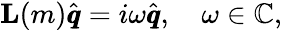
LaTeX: \mathbf{L}(m)\hat{\pmb q}=i\omega\hat{\pmb q},\quad\omega\in\mathbb{C},